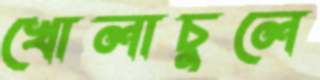
খোলাচুলে